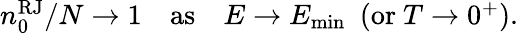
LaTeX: \begin{array}{r}{n_{0}^{\mathrm{RJ}}/N\to 1\quad\mathrm{as}\quad E\to E_{\mathrm{min}}\ \ (\mathrm{or}\ T\to 0^{+}).}\end{array}